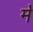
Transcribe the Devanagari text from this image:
म॓